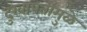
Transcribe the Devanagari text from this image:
दुखापतींमुळे